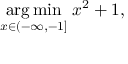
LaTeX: { \underset { x \in ( - \infty , - 1 ] } { \operatorname { a r g \, m i n } } } \; x ^ { 2 } + 1 ,